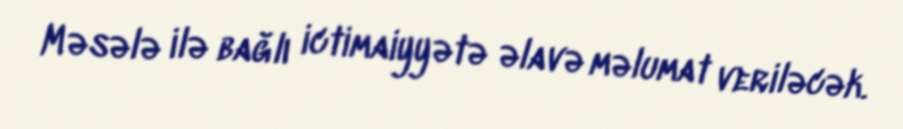
Məsələ ilə bağlı ictimaiyyətə əlavə məlumat veriləcək.